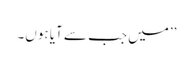
’’میں جب سے آیا ہوں۔